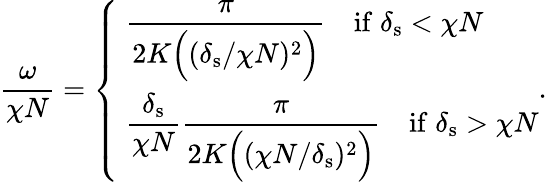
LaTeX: \frac{\omega}{\chi N}=\left\{ \begin{array}{ll}{\displaystyle\; \frac{\pi}{2K\Big((\delta_{\mathrm{s}}/\chi N)^{2}\Big)}\quad\mathrm{if}\; \delta_{\mathrm{s}}<\chi N}\\ {\displaystyle\; \frac{\delta_{\mathrm{s}}}{\chi N}\frac{\pi}{2K\Big((\chi N/\delta_{\mathrm{s}})^{2}\Big)}\quad\mathrm{if}\; \delta_{\mathrm{s}}>\chi N}\end{array}\right..